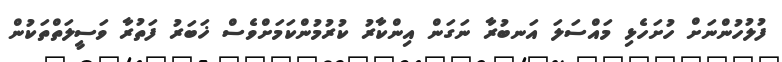
ފުލުހުންނަށް ހުށަހެޅި މައްސަލަ އަނބުރާ ނަގަން އިންކާރު ކުރުމުންކަމަށްވެސް ޚަބަރު ފަތުރާ ވަސީލަތްތަކުން